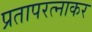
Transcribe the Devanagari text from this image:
प्रतापरत्नाकर